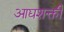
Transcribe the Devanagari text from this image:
आद्यशक्ती